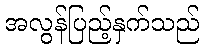
အလွန်ပြည့်နှက်သည်